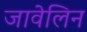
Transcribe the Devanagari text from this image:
जावेलिन